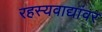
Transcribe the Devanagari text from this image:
रहस्यवाद्यांवर